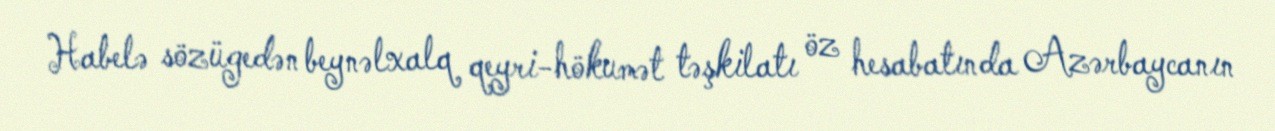
Habelə sözügedən beynəlxalq qeyri-hökumət təşkilatı öz hesabatında Azərbaycanın